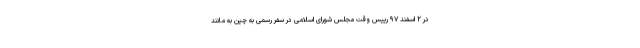
در ۲ اسفند ۹۷ رییس وقت مجلس شورای اسلامی در سفر رسمی به چین به مانند